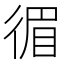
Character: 𢔰